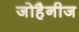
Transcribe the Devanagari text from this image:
जोहैनीज